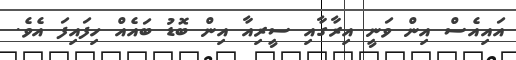
އައިއެސް އިން ވަނީ އިރާގާއި ސީރިއާ އިން ބޮޑު ބައެއް ހިފައިފަ އެވެ.